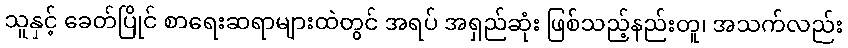
သူနှင့် ခေတ်ပြိုင် စာရေးဆရာများထဲတွင် အရပ် အရှည်ဆုံး ဖြစ်သည့်နည်းတူ၊ အသက်လည်း